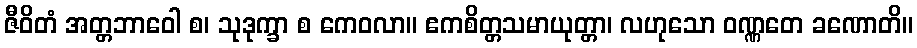
ဇီဝိတံ အတ္တဘာဝေါ စ၊ သုဒုက္ခာ စ ကေဝလာ။ ဧကစိတ္တသမာယုတ္တာ၊ လဟုသော ဝဏ္ဏတေ ခဏောတိ။